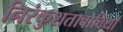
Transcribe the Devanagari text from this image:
निरंकुशतावादियों